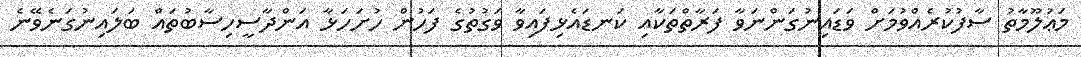
މަޢުލޫމާތު ސާފުކުރެއްވުމަށް ވަޑައިނުގަންނަވާ ފަރާތްތަކާއި ކަނޑައެޅިފައިވާ ވަގުތުގެ ފަހުން ހުށަހަޅާ އަންދާސީހިސާބުތައް ބަލައިނުގަނެވޭނެ